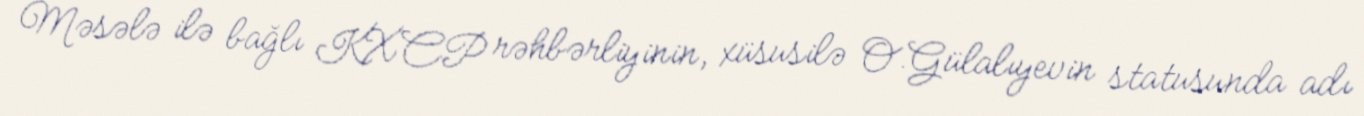
Məsələ ilə bağlı KXCP rəhbərliyinin, xüsusilə O.Gülalıyevin statusunda adı